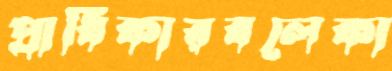
প্রাধিকারবলেকা